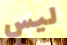
ليس